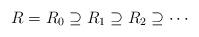
LaTeX: \begin{align*} R = R_0 \supseteq R_1 \supseteq R_2 \supseteq \cdots\end{align*}